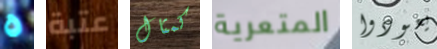
ه عتبة كمثال المتعرية يعودوا